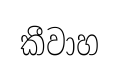
කීවාහ